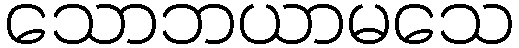
သောဘယာမသေ